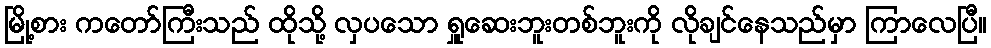
မြို့စား ကတော်ကြီးသည် ထိုသို့ လှပသော ရှူဆေးဘူးတစ်ဘူးကို လိုချင်နေသည်မှာ ကြာလေပြီ။